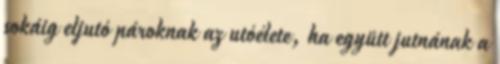
sokáig eljutó pároknak az utóélete, ha együtt jutnának a